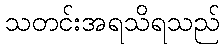
သတင်းအရသိရသည်